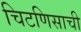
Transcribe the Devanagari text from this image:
चिटणिसाची